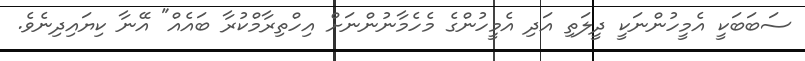
ސަބަބަކީ އެމީހުންނަކީ ދީލަތި އަދި އެމީހުންގެ މެހެމާނުންނަށް އިހްތިރާމްކުރާ ބައެއް" އޭނާ ކިޔައިދިނެވެ.